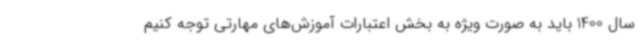
سال 1400 باید به صورت ویژه به بخش اعتبارات آموزش‌های مهارتی توجه کنیم